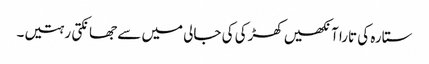
ستارہ کی تارا آنکھیں کھڑکی کی جالی میں سے جھانکتی رہتیں۔